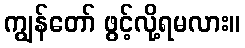
ကျွန်တော် ဖွင့်လို့ရမလား။